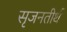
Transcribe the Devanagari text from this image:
सृजनतीर्थ